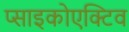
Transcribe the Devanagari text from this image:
प्साइकोएक्टिव